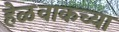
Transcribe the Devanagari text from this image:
हेळवाकच्या